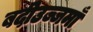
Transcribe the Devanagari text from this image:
बदीउज्जमाँ